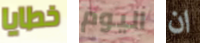
خطايا اليوم ان